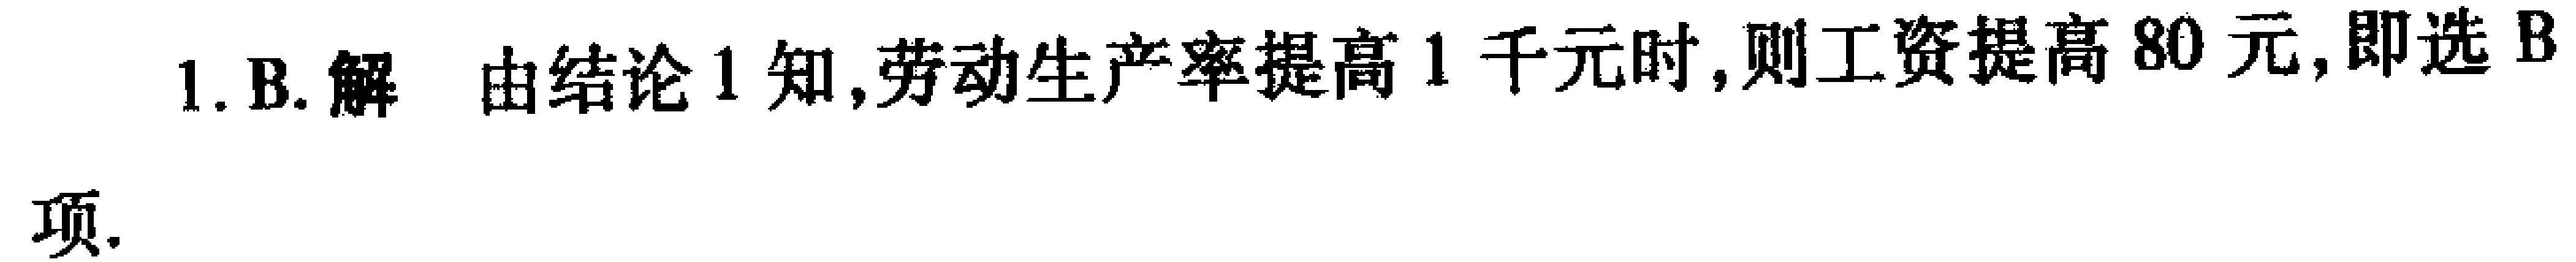
1. B. 解 由结论 1 知,劳动生产率提高 1 千元时,则工资提高 80 元,即选 B项.